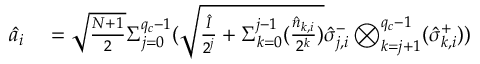
\begin{array} { r l } { \hat { a } _ { i } } & { { } = \sqrt { \frac { N + 1 } { 2 } } { \Sigma } _ { j = 0 } ^ { q _ { c } - 1 } ( \sqrt { \frac { \hat { I } } { 2 ^ { j } } + { \Sigma } _ { k = 0 } ^ { j - 1 } ( \frac { \hat { n } _ { k , i } } { 2 ^ { k } } ) } \hat { \sigma } _ { j , i } ^ { - } \bigotimes _ { k = j + 1 } ^ { q _ { c } - 1 } ( \hat { \sigma } _ { k , i } ^ { + } ) ) } \end{array}